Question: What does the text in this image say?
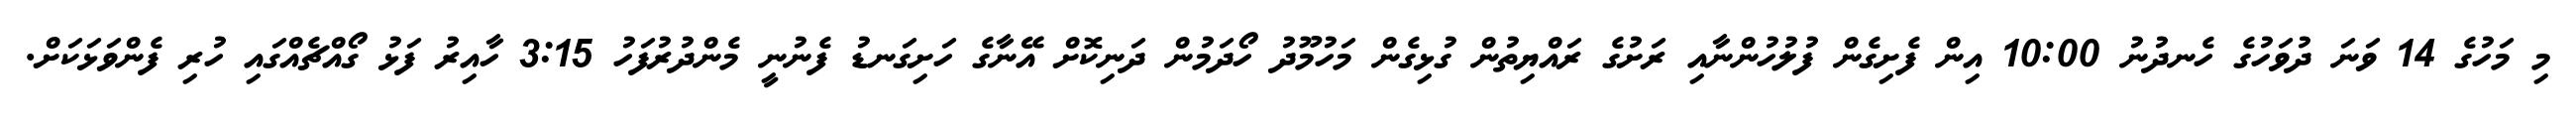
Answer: މި މަހުގެ 14 ވަނަ ދުވަހުގެ ހެނދުނު 10:00 އިން ފެށިގެން ފުލުހުންނާއި ރަށުގެ ރައްޔިތުން ގުޅިގެން މަހުމޫދު ހޯދަމުން ދަނިކޮށް އޭނާގެ ހަށިގަނޑު ފެނުނީ މެންދުރުފަހު 3:15 ހާއިރު ފަޅު ގޯއްޗެއްގައި ހުރި ފެންވަޅަކަށް.